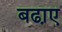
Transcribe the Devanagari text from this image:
बढा़ए